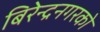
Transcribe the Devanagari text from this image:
बिरेन्द्रनगरको